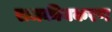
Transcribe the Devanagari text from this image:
राजकीयकरण